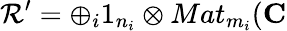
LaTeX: \mathcal{R}^{\prime}=\oplus_{i}1_{n_{i}}\otimes Mat_{m_{i}}(\mathbf{C}